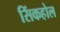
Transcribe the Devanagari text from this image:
सिंकहोल